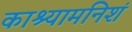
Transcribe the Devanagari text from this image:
काश्यामनिशं